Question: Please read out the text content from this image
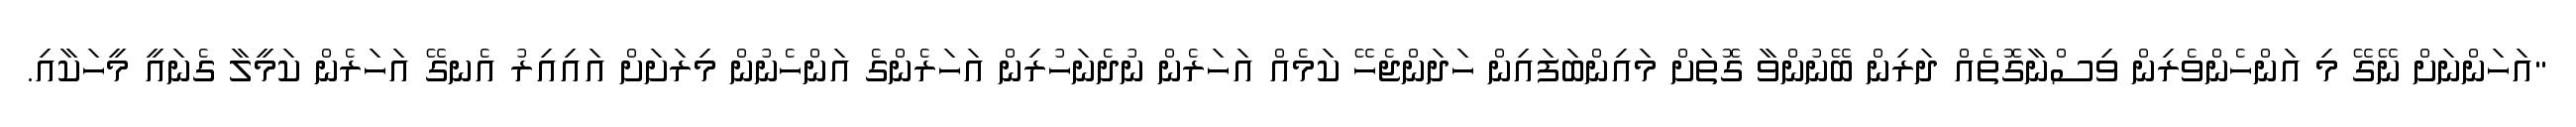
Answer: "އަހަންނަށް ނޭގޭ މި އަންހެންވެރިން ވިސްނާގޮތެއް ދަރިން ބޭނުންވާ ގޮތަށް މައިންބަފައިން ހަދަންޖެހޭ ކަމެއް އަހަރެން ނުދެނަހުރިން އަހަރެންގެ އަންހެނުން މިރަށަށް އައިއިރު އެނގޭ އަހަރެން ކަމީލާ ގެނައީ މީހަކާއި.